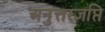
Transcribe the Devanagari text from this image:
अनुत्तरज्ञप्ति